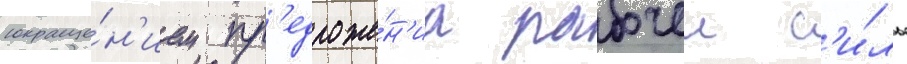
сокраще́н'ием пр'едложе́н'иа рабочеи с'и́лы